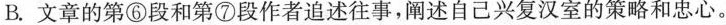
B.文章的第⑥段和第⑦段作者追述往事，闻述自己兴复汉室的策略和忠心。